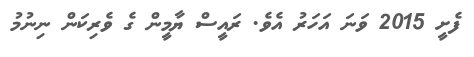
ފެށީ 2015 ވަނަ އަހަރު އެވެ. ރައީސް ޔާމީން ގެ ވެރިކަން ނިނުމު